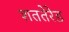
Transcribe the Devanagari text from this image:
शततेरेड